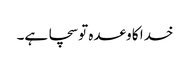
خدا کا وعدہ تو سچا ہے۔